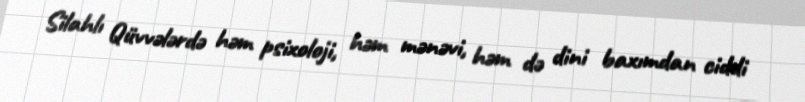
Silahlı Qüvvələrdə həm psixoloji, həm mənəvi, həm də dini baxımdan ciddi